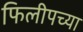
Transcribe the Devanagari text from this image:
फिलीपच्या